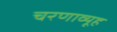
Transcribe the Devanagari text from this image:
चरणाव्यूह